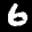
Label: 6